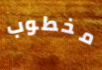
مخطوب